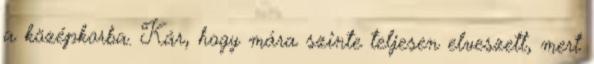
a középkorba. Kár, hogy mára szinte teljesen elveszett, mert